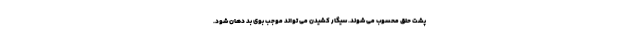
پشت حلق محسوب می شوند. سیگار کشیدن می تواند موجب بوی بد دهان شود.